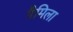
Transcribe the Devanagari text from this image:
गैमिला